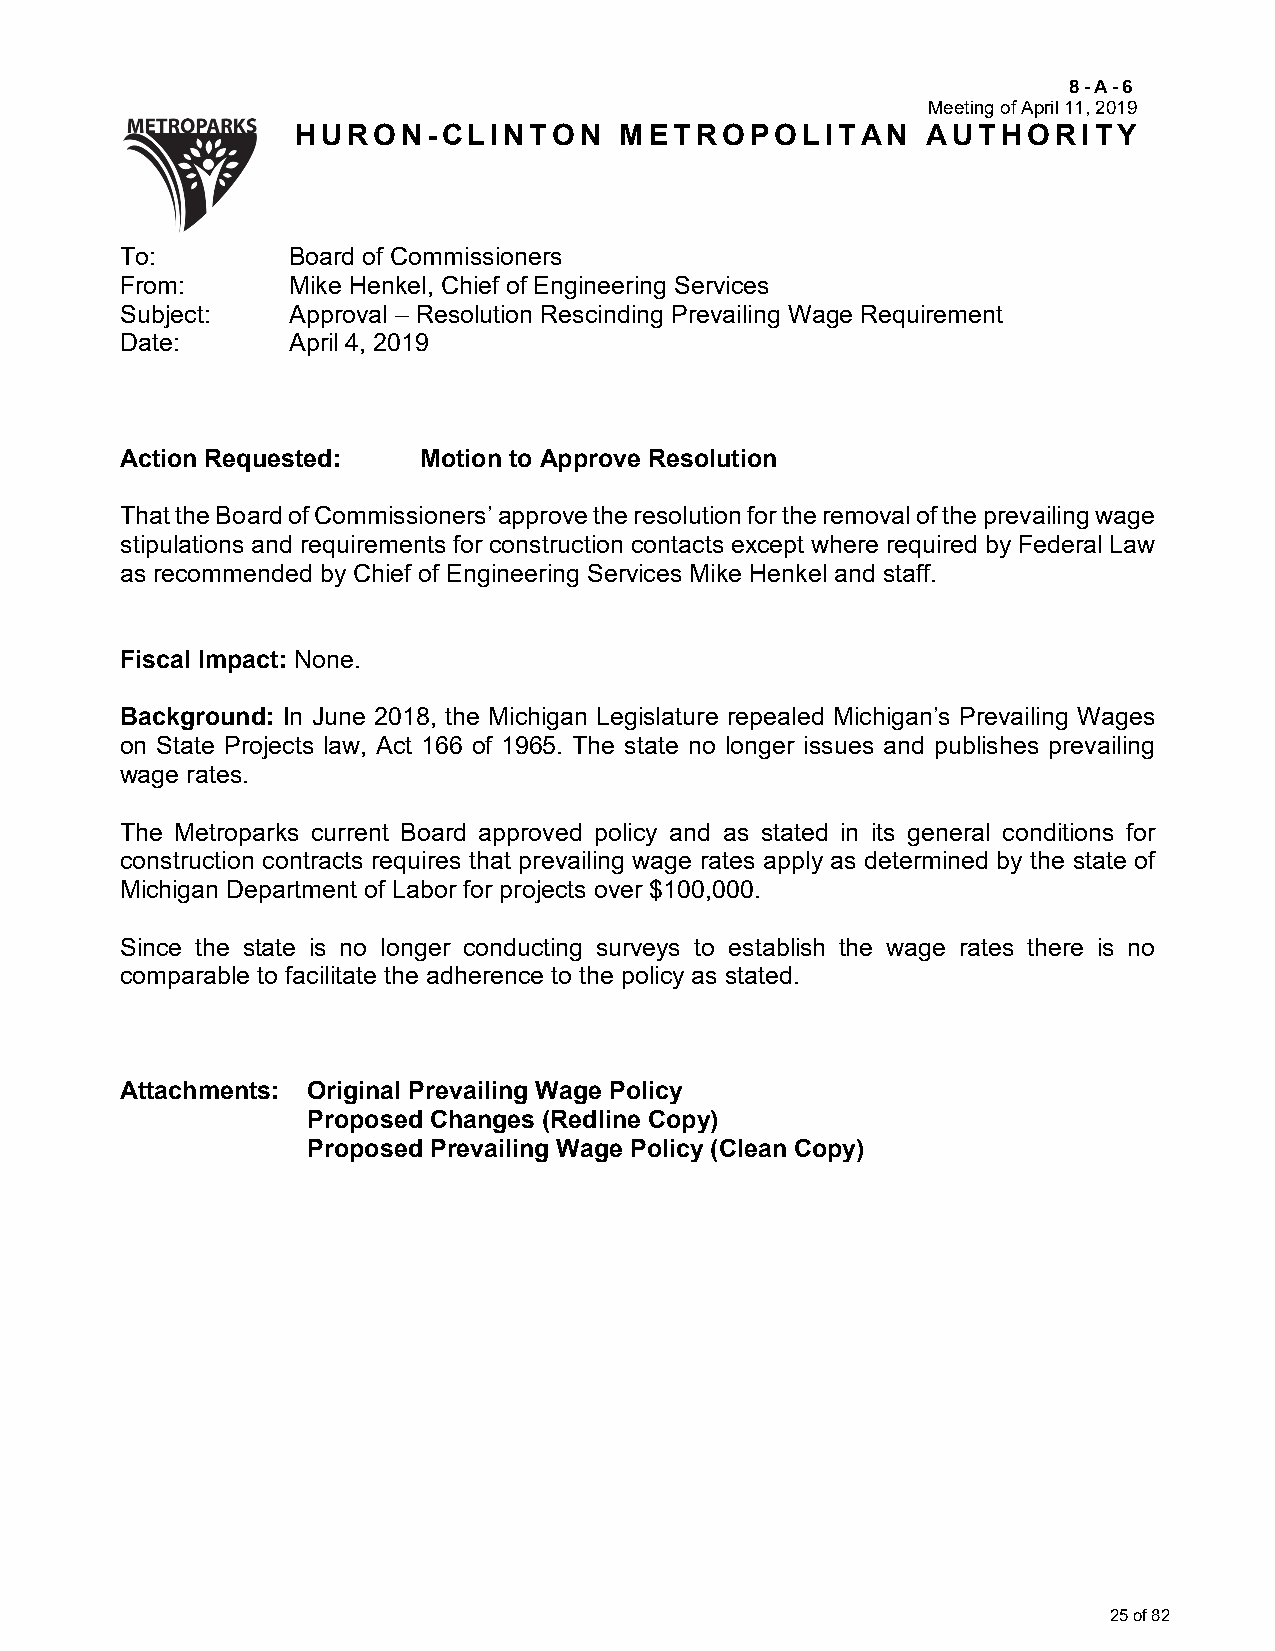
8-A-6
 Meeting of April 11, 2019
 HURON-CLINTON        METROPOLITAN        AUTHORITY
 To:        Board of Commissioners
 From:      Mike Henkel, Chief of Engineering Services
 Subject:   Approval – Resolution Rescinding Prevailing Wage Requirement
 Date:      April 4, 2019
 Action Requested:   Motion to Approve Resolution
 That the Board of Commissioners’ approve the resolution for the removal of the prevailing wage
 stipulations and requirements for construction contacts except where required by Federal Law
 as recommended by Chief of Engineering Services Mike Henkel and staff.
 Fiscal Impact: None.
 Background: In June 2018, the Michigan Legislature repealed Michigan’s Prevailing Wages
 on State Projects law, Act 166 of 1965. The state no longer issues and publishes prevailing
 wage rates.
 The Metroparks current Board approved policy and as stated in its general conditions for
 construction contracts requires that prevailing wage rates apply as determined by the state of
 Michigan Department of Labor for projects over $100,000.
 Since the state is no longer conducting surveys to establish the wage rates there is no
 comparable to facilitate the adherence to the policy as stated.
 Attachments: Original Prevailing Wage Policy
 Proposed Changes (Redline Copy)
 Proposed Prevailing Wage Policy (Clean Copy)
 25 of 82